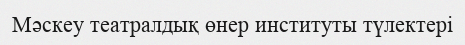
Мәскеу театралдық өнер институты түлектері